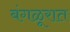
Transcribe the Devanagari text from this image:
बंगळूरात